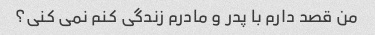
من قصد دارم با پدر و مادرم زندگی کنم نمی کنی؟